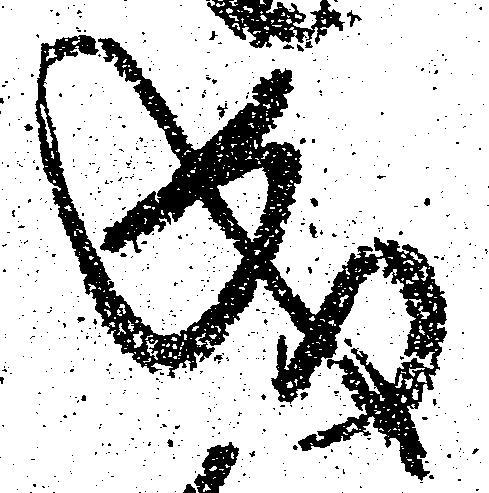
成